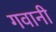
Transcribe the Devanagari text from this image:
गवानी